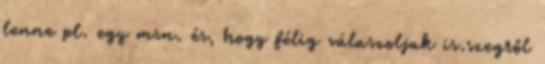
lenne pl. egy msn. és, hogy félig válaszoljak is.szegről